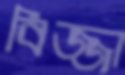
বিজ্জা